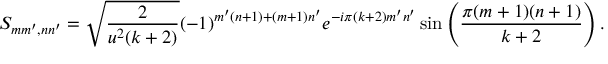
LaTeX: S _ { m m ^ { \prime } , n n ^ { \prime } } = \sqrt { \frac { 2 } { u ^ { 2 } ( k + 2 ) } } ( - 1 ) ^ { m ^ { \prime } ( n + 1 ) + ( m + 1 ) n ^ { \prime } } e ^ { - i \pi ( k + 2 ) m ^ { \prime } n ^ { \prime } } \sin \left( \frac { \pi ( m + 1 ) ( n + 1 ) } { k + 2 } \right) .